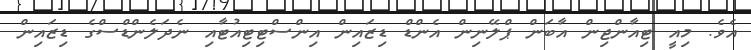
އެވެ. މިއީ ޓިއާންޖިން އާބަން ޕްލޭނިން އެންޑް ޑިޒައިން އިންސްޓިޓިއުޓާއި ނެދަލެންޑްސްގެ ޑިޒައިން